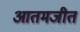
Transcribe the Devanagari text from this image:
आतमजीत